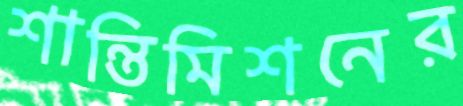
শান্তিমিশনের